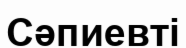
Сәпиевті